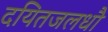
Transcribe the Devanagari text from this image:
दयितजलधौ